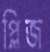
প্লিজ